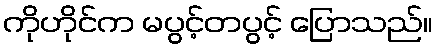
ကိုဟိုင်က မပွင့်တပွင့် ပြောသည်။